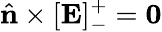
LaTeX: \hat{\mathbf{n}}\times[\mathbf{E}]_{-}^{+}=\mathbf{0}